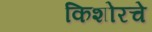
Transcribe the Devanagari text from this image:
किशोरचे